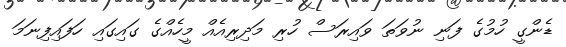
ޑެންގީ ހުމުގެ ފަނި ނުވަތަ ވައިރަސް ހުރި މަދިރިއެއް މީހެއްގެ ގައިގައި ހަފައިފިނަމަ